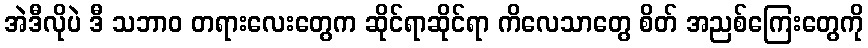
အဲဒီလိုပဲ ဒီ သဘာဝ တရားလေးတွေက ဆိုင်ရာဆိုင်ရာ ကိလေသာတွေ စိတ် အညစ်ကြေးတွေကို